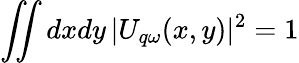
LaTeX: \iint dxdy\, |U_{q\omega}(x,y)|^{2}=1